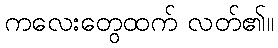
ကလေးတွေထက် လတ်၏။